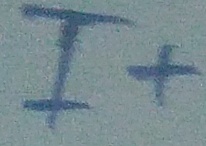
Text: I+